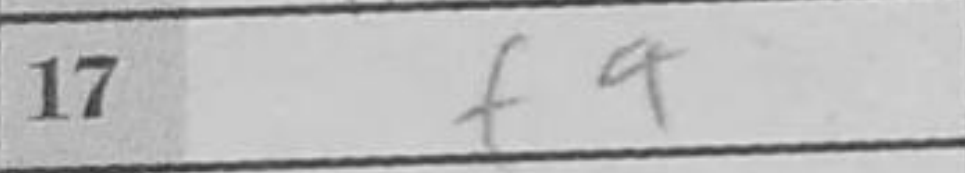
Transcription: f4